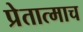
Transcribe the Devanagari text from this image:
प्रेतात्माच